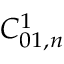
C _ { 0 1 , n } ^ { 1 }